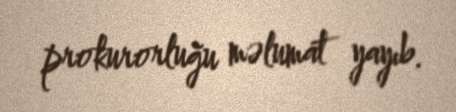
prokurorluğu məlumat yayıb.